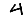
Digit: 4